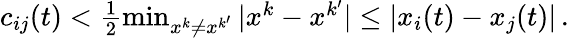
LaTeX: \begin{array}{r}{c_{ij}(t)<\frac{1}{2}\operatorname*{min}_{x^{k}\neq x^{k^{\prime}}}|x^{k}-x^{k^{\prime}}|\leq|x_{i}(t)-x_{j}(t)|\, .}\end{array}